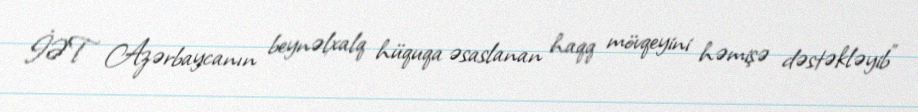
İƏT Azərbaycanın beynəlxalq hüquqa əsaslanan haqq mövqeyini həmişə dəstəkləyib”